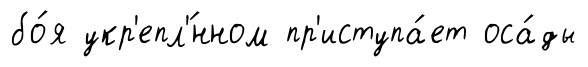
бо́я укр'епл'́нном пр'иступа́ет оса́ды